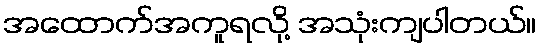
အထောက်အကူရလို့ အသုံးကျပါတယ်။